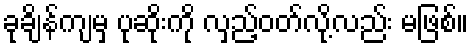
ခုချိန်ကျမှ ပုဆိုးကို လှည့်ဝတ်လို့လည်း မဖြစ်။